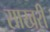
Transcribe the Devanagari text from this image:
साखरी